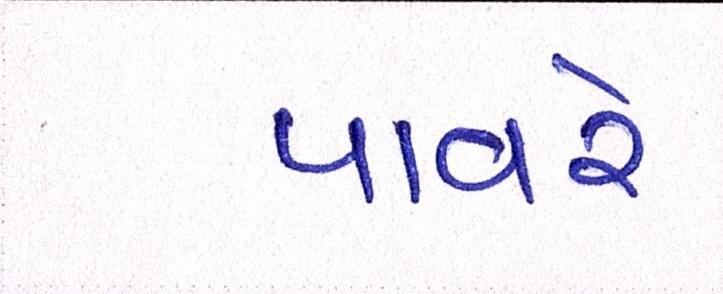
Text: પાવરે